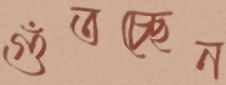
গুঁতচ্ছেন